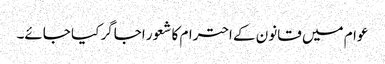
عوام میں قانون کے احترام کا شعور اجاگر کیا جائے۔